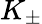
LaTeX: K_{\pm}